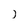
Character: j